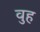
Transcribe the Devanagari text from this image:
वुह